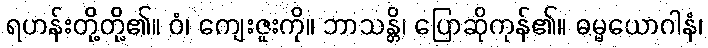
ရဟန်းတို့တို့၏။ ဝံ၊ ကျေးဇူးကို။ ဘာသန္တိ၊ ပြောဆိုကုန်၏။ ဓမ္မယောဂါနံ၊